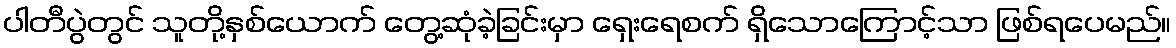
ပါတီပွဲတွင် သူတို့နှစ်ယောက် တွေ့ဆုံခဲ့ခြင်းမှာ ရှေးရေစက် ရှိသောကြောင့်သာ ဖြစ်ရပေမည်။